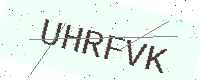
Text: UHRFVK